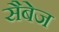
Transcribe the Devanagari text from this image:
सैबेज